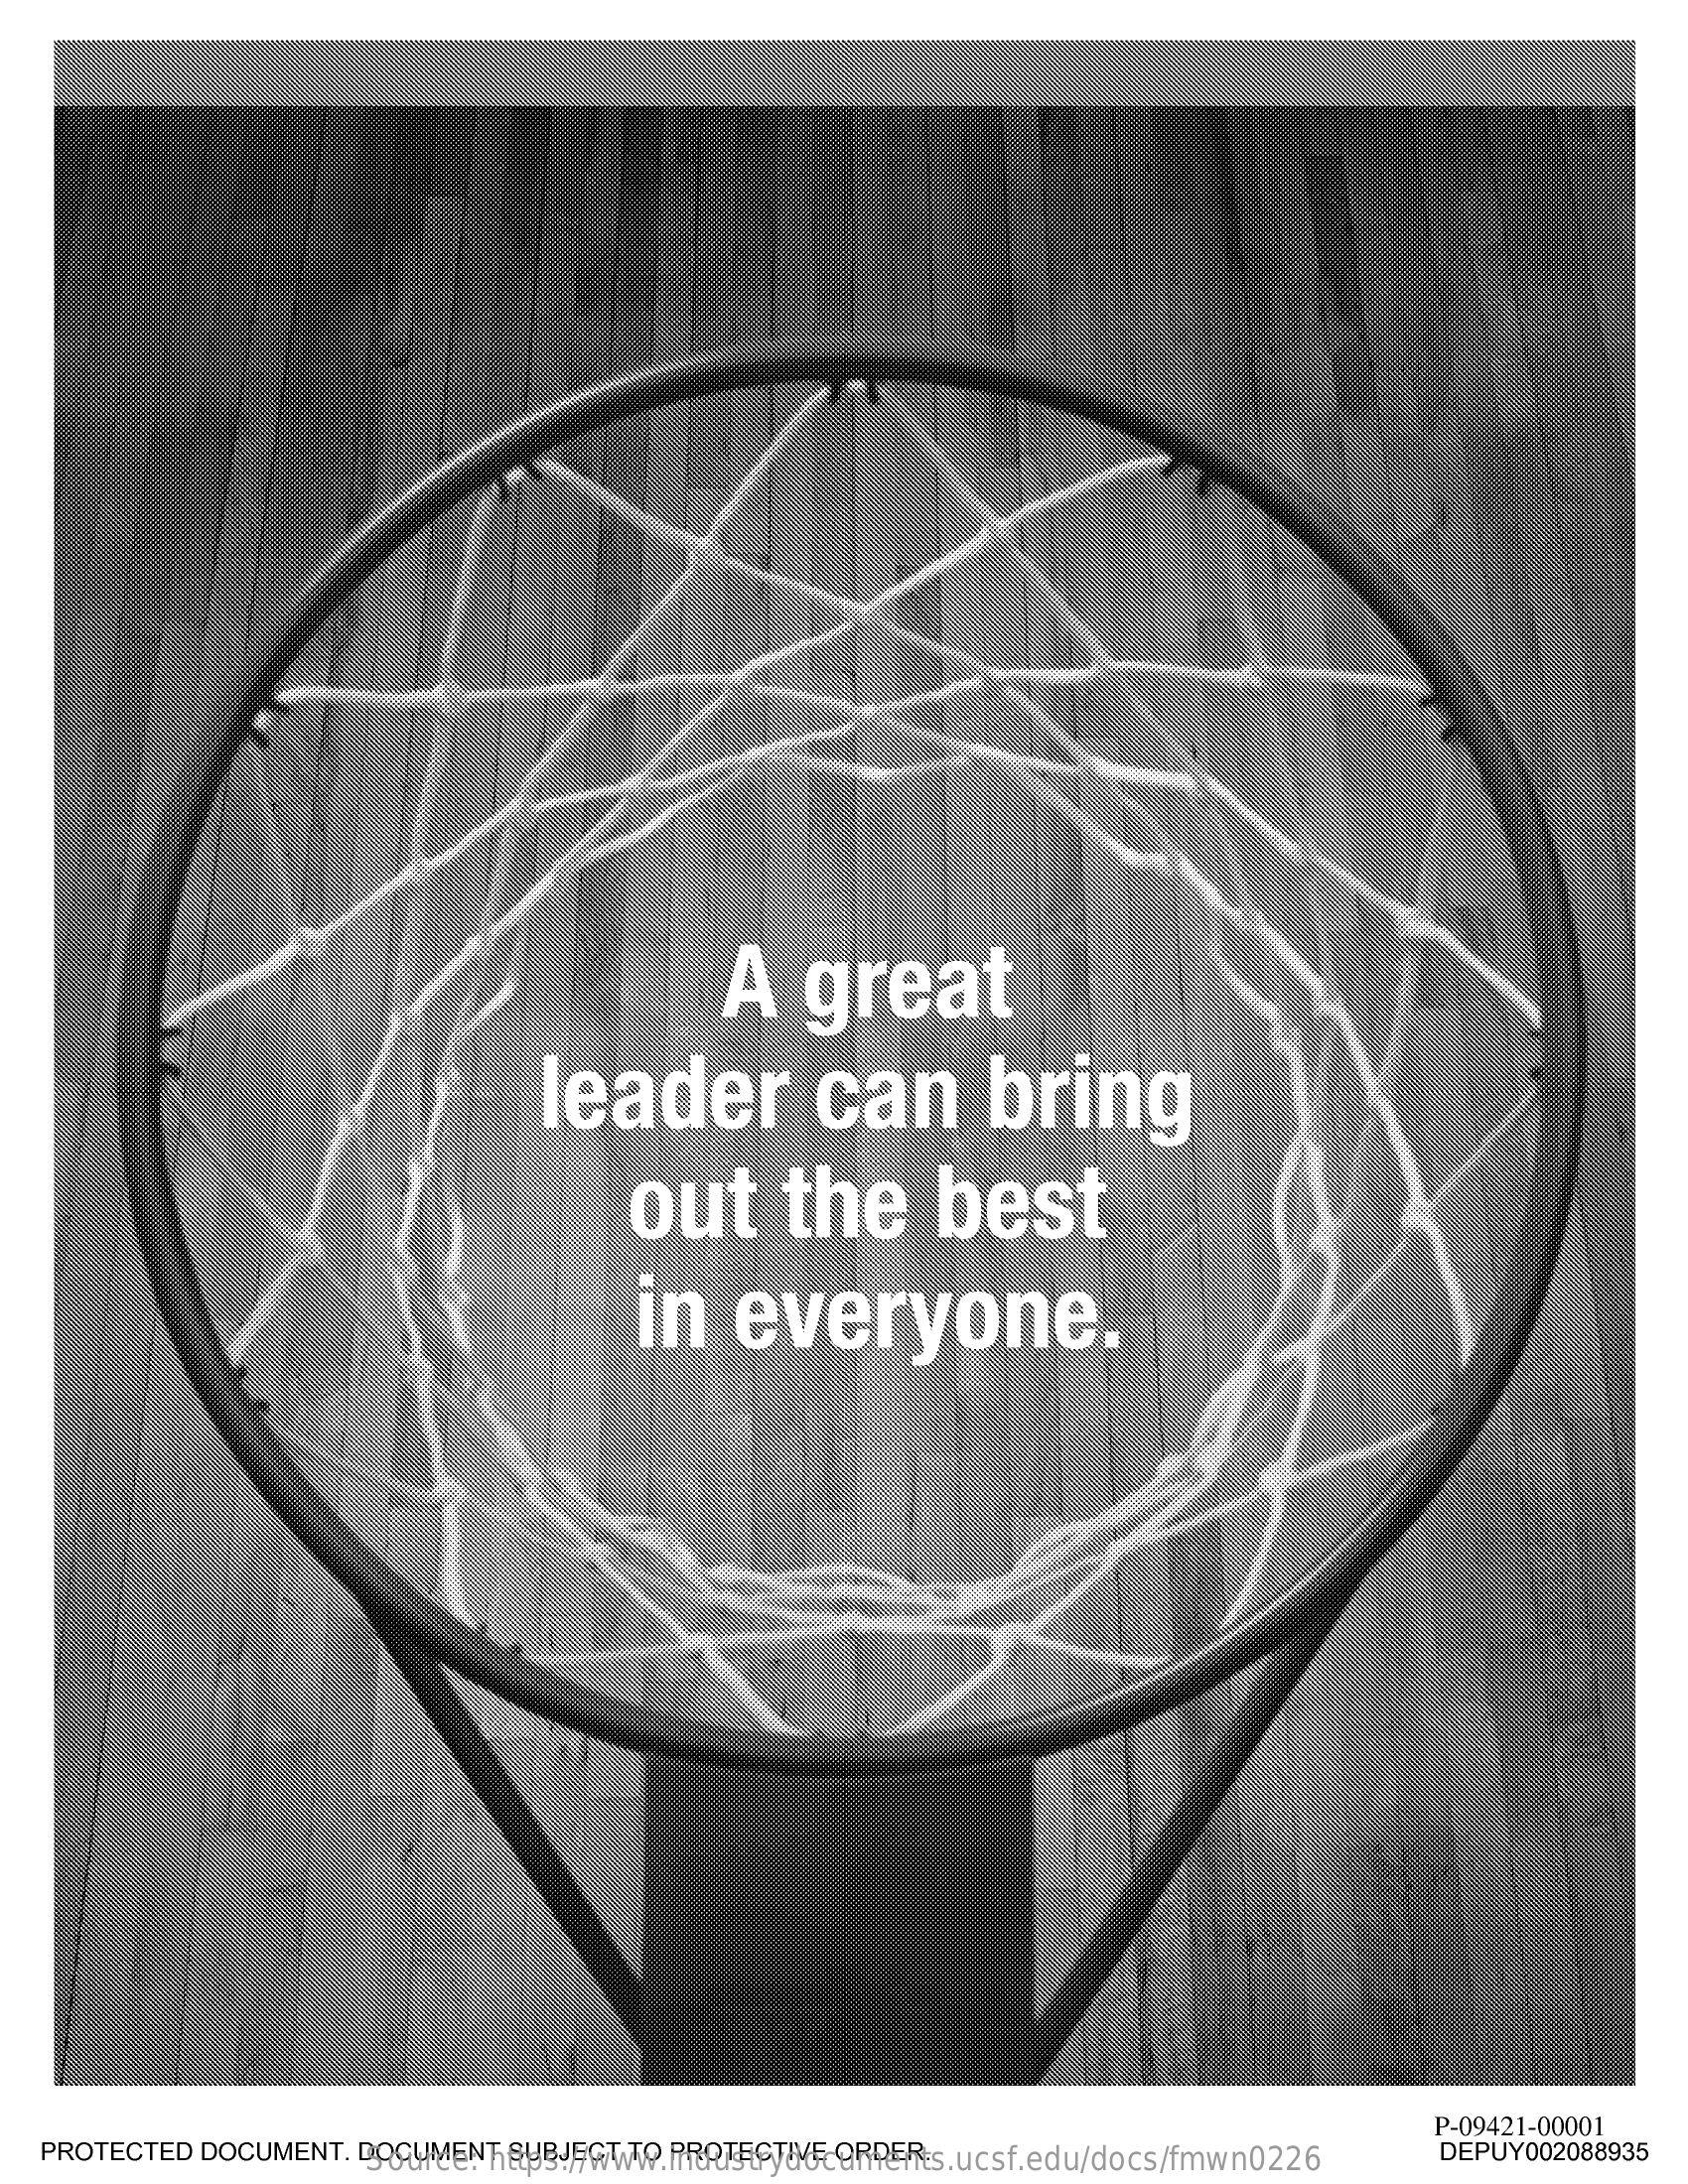
A  great
     leader    can    bring
     out    the    best
     in   everyone.
  PROTECTED DOCUMENT. DOCUMENT SUBJECT TO PROTECTIVE ORDER.
     P-09421-00001
     Source: https://www.industrydocuments.ucsf.edu/docs/fmwn0226 DEPUY002088935